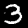
Label: 3